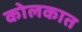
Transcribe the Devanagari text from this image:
कोलकात